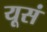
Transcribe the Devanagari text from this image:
यूसं